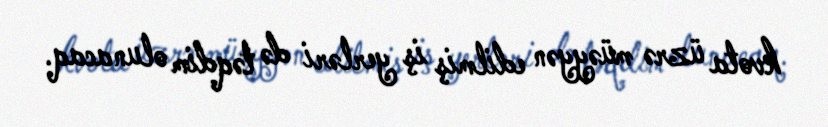
kvota üzrə müəyyən edilmiş iş yerləri də təqdim olunacaq.